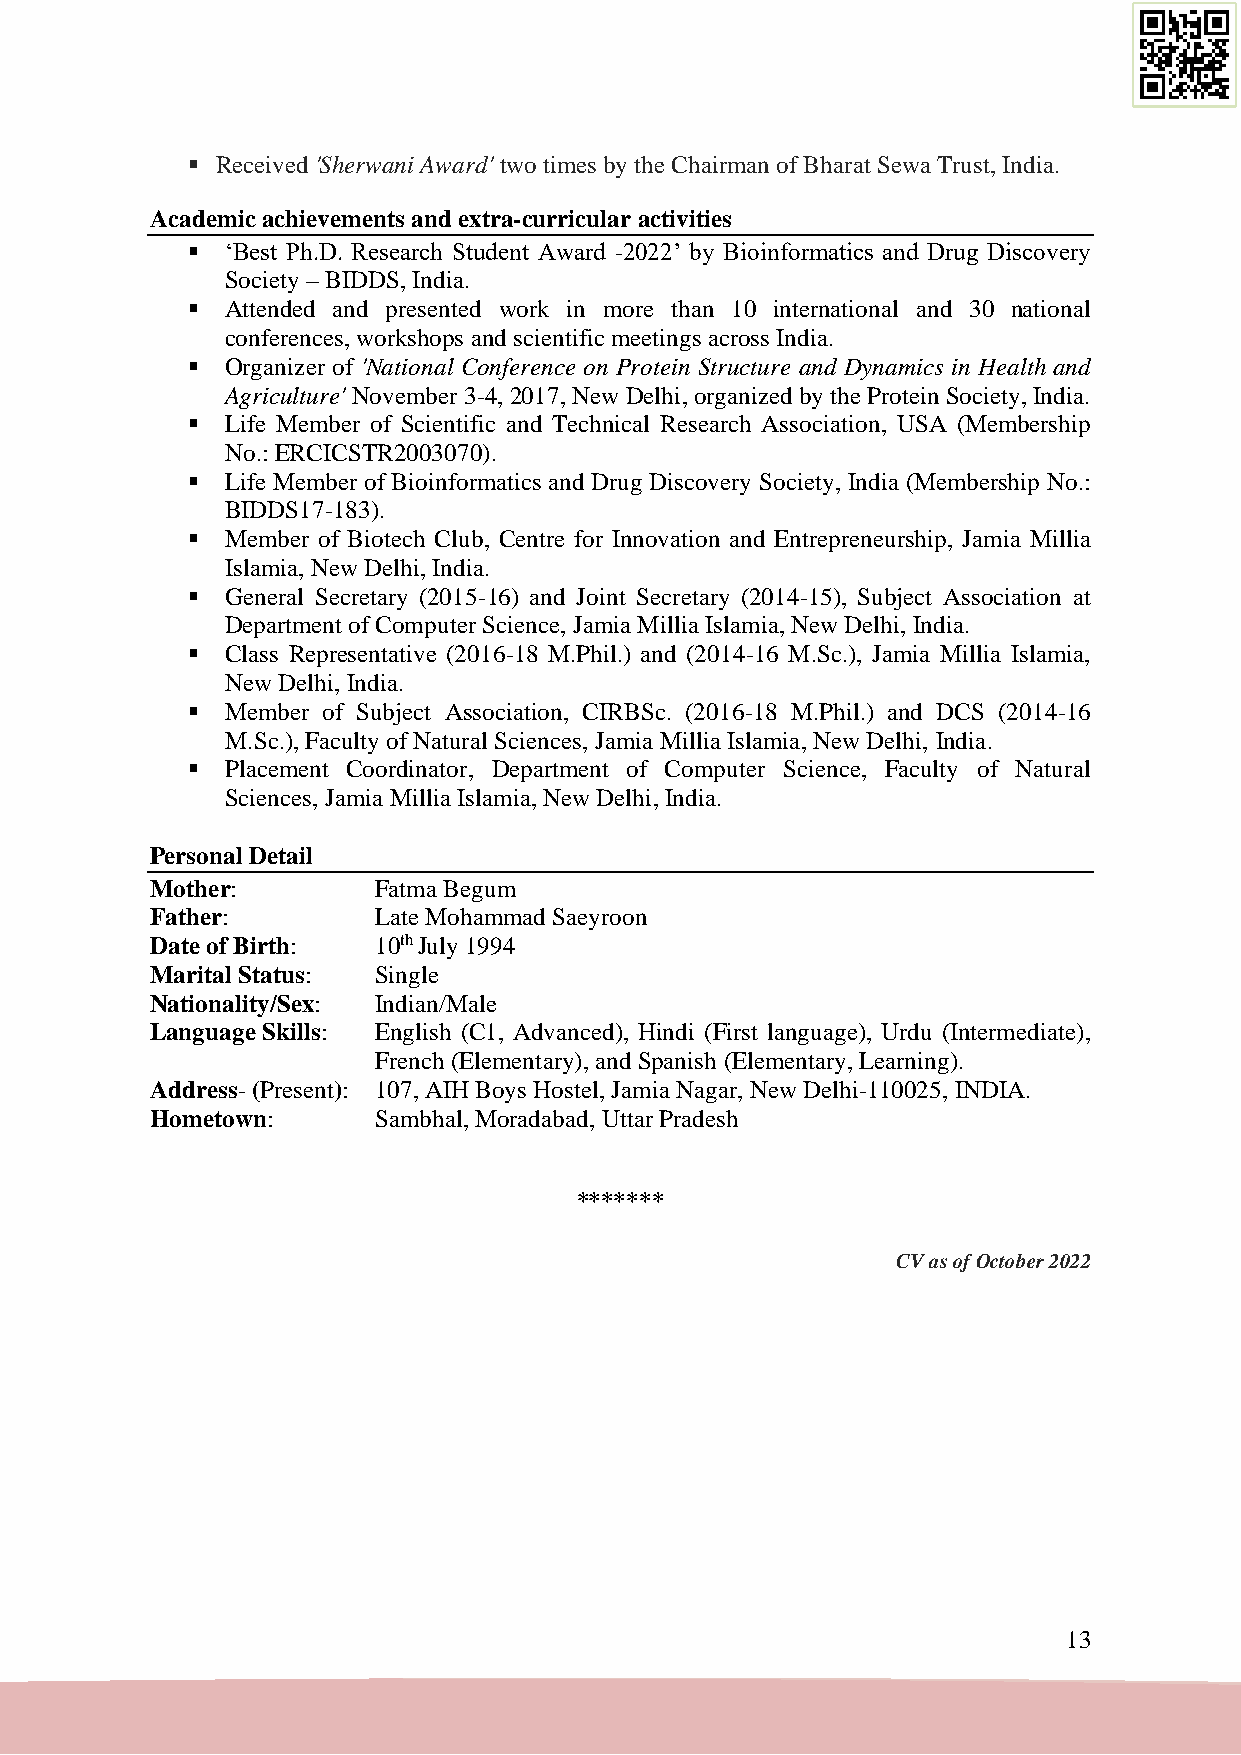
▪ Received 'Sherwani Award' two times by the Chairman of Bharat Sewa Trust, India.
 Academic achievements and extra-curricular activities
 ▪  ‘Best Ph.D. Research Student Award -2022’ by Bioinformatics and Drug Discovery
 Society – BIDDS, India.
 ▪  Attended and presented work in more than 10 international and 30 national
 conferences, workshops and scientific meetings across India.
 ▪  Organizer of 'National Conference on Protein Structure and Dynamics in Health and
 Agriculture' November 3-4, 2017, New Delhi, organized by the Protein Society, India.
 ▪  Life Member of Scientific and Technical Research Association, USA (Membership
 No.: ERCICSTR2003070).
 ▪  Life Member of Bioinformatics and Drug Discovery Society, India (Membership No.:
 BIDDS17-183).
 ▪  Member of Biotech Club, Centre for Innovation and Entrepreneurship, Jamia Millia
 Islamia, New Delhi, India.
 ▪  General Secretary (2015-16) and Joint Secretary (2014-15), Subject Association at
 Department of Computer Science, Jamia Millia Islamia, New Delhi, India.
 ▪  Class Representative (2016-18 M.Phil.) and (2014-16 M.Sc.), Jamia Millia Islamia,
 New Delhi, India.
 ▪  Member of Subject Association, CIRBSc. (2016-18 M.Phil.) and DCS (2014-16
 M.Sc.), Faculty of Natural Sciences, Jamia Millia Islamia, New Delhi, India.
 ▪  Placement Coordinator, Department of Computer Science, Faculty of Natural
 Sciences, Jamia Millia Islamia, New Delhi, India.
 Personal Detail
 Mother:        Fatma Begum
 Father:        Late Mohammad Saeyroon
 Date of Birth: 10th July 1994
 Marital Status: Single
 Nationality/Sex: Indian/Male
 Language Skills: English (C1, Advanced), Hindi (First language), Urdu (Intermediate),
 French (Elementary), and Spanish (Elementary, Learning).
 Address- (Present): 107, AIH Boys Hostel, Jamia Nagar, New Delhi-110025, INDIA.
 Hometown:      Sambhal, Moradabad, Uttar Pradesh
 *******
 CV as of October 2022
 13